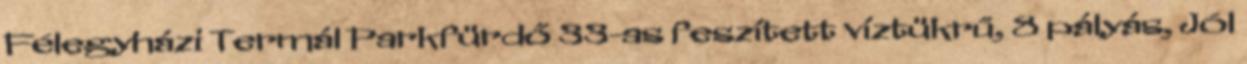
Félegyházi Termál Parkfürdő 33-as feszített víztükrű, 8 pályás, Jól